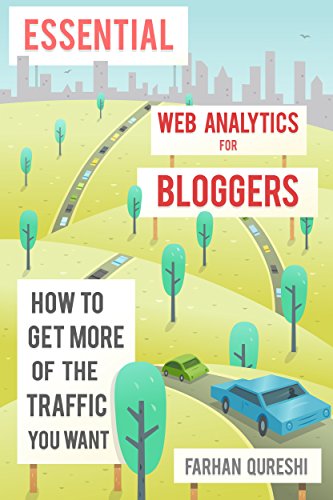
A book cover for Essential Web Analytics for Bloggers: how to get more of the traffic you want and make money through banner advertising; Farhan Qureshi; Computers & Technology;